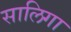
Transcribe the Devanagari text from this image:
सालिगा